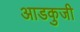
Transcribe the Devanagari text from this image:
आडकुजी